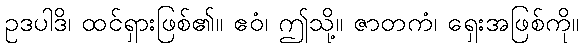
ဥဒပါဒိ၊ ထင်ရှားဖြစ်၏။ ဧဝံ၊ ဤသို့။ ဇာတကံ၊ ရှေးအဖြစ်ကို။